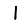
Digit: 1